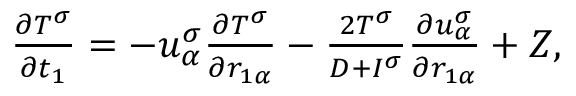
\begin{array} { r } { \begin{array} { r } { \frac { \partial T ^ { \sigma } } { \partial t _ { 1 } } = - u _ { \alpha } ^ { \sigma } \frac { \partial T ^ { \sigma } } { \partial r _ { 1 \alpha } } - \frac { 2 T ^ { \sigma } } { D + I ^ { \sigma } } \frac { \partial u _ { \alpha } ^ { \sigma } } { \partial r _ { 1 \alpha } } + Z , } \end{array} } \end{array}